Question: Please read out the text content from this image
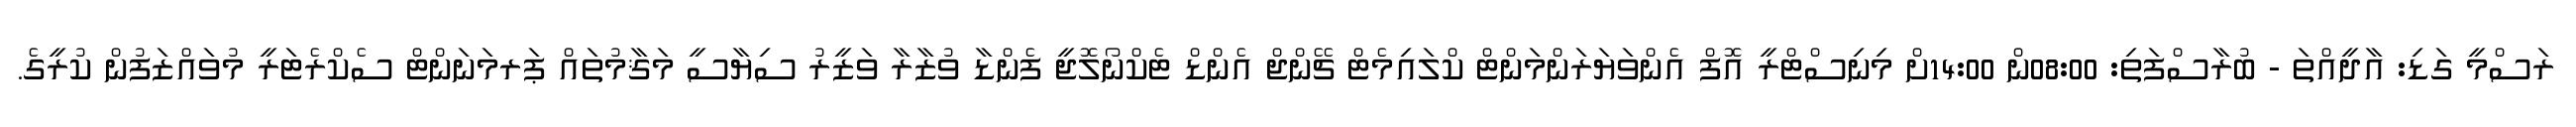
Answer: ރަސްމީ ގަޑި: އާދީއްތަ - ބުރާސްފަތި: 08:00ން 14:00ށް މިނިސްޓްރީ އޮފް އެންވަޔަރަންމަންޓް ކްލައިމެޓް ޗޭންޖް އެންޑް ޓެކްނޯލޮޖީ ފެންޑާ ވުޒާރާ ވަޒީރު ސިޔާސީ މަޤާމުތައް ޕަރމަނަންޓް ސެކްރެޓަރީ މުވައްޒަފުން ކުރީގެ.